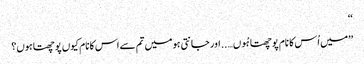
‘‘
’’میں اُس کا نام پوچھتا ہُوں….. اور جانتی ہو میں تم سے اس کا نام کیوں پوچھتا ہوں؟